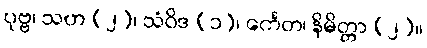
ပုဗ္ဗ၊ သဟ (၂)၊ သံဝိဒ (၁)၊ င်္ကေတ၊ နိမိတ္တာ (၂)။